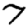
Digit: 7